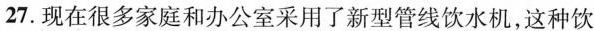
27.现在很多家庭和办公室采用了新型管线饮水机，这种饮